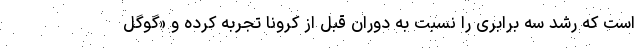
است که رشد سه برابری را نسبت به دوران قبل از کرونا تجربه کرده و «گوگل